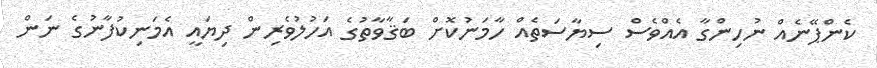
ކެންޕޭނެއް ނުހިންގާ އެއްވެސް ސިޔާސަތެއް ހާމަނުކޮށް ބަޤާވާތުގެ އަހުލުވެރިން ދިޔައީ އެމަނިކުފާނުގެ ނަން